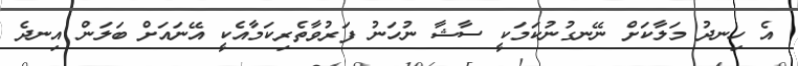
އެ ހިނދު މަލާކަށް ނޭނގުނުކަމަކީ ސާޝާ ނުހަނު ފަރުވާތެރިކަމާއެކީ އޭނައަށް ބަލަން އިނދެ